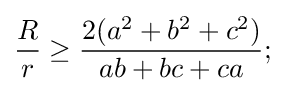
{\frac {R}{r}}\geq {\frac {2(a^{2}+b^{2}+c^{2})}{ab+bc+ca}};